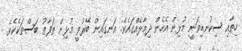
ހިތާއި ސިކުނޑިވަނީ މުޅިން އެހެން ދިމާލެއްގައެވެ. އަނގައިން ބޭރުވީ މުޅިން ތަފާތު ބަސްތަކެކެވެ.